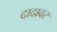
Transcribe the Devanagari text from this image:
दादावर